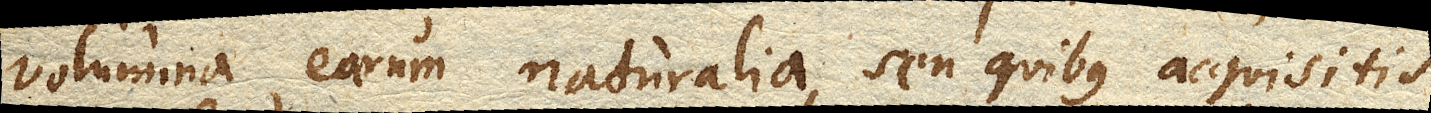
Volumina earum naturalia, seu quibus acquisitis